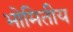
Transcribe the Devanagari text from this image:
भोमितीय